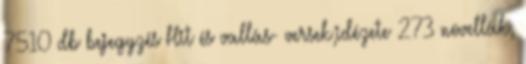
7510 db bejegyzés Hit és vallás- versek,idézete 273 novellák,